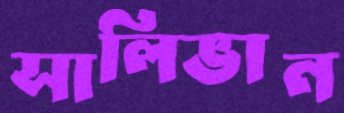
সালিভান